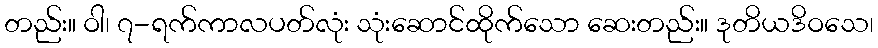
တည်း။ ဝါ၊ ၇-ရက်ကာလပတ်လုံး သုံးဆောင်ထိုက်သော ဆေးတည်း။ ဒုတိယဒိဝသေ၊